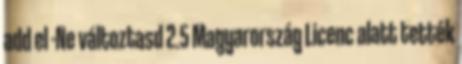
add el -Ne változtasd 2.5 Magyarország Licenc alatt tették